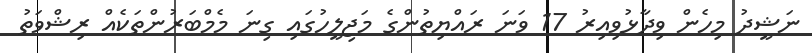
ނަޝީދު މިހެން ވިދާޅުވިއިރު 17 ވަނަ ރައްޔިތުންގެ މަޖިލީހުގައި ގިިނަ މެމްބަރުންތަކެއް ރިޝްވަތު